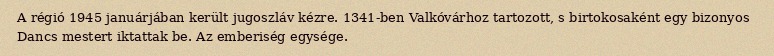
A régió 1945 januárjában került jugoszláv kézre. 1341-ben Valkóvárhoz tartozott, s birtokosaként egy bizonyos Dancs mestert iktattak be. Az emberiség egysége.